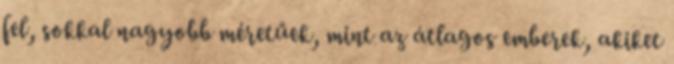
fel, sokkal nagyobb méretűek, mint az átlagos emberek, akiket